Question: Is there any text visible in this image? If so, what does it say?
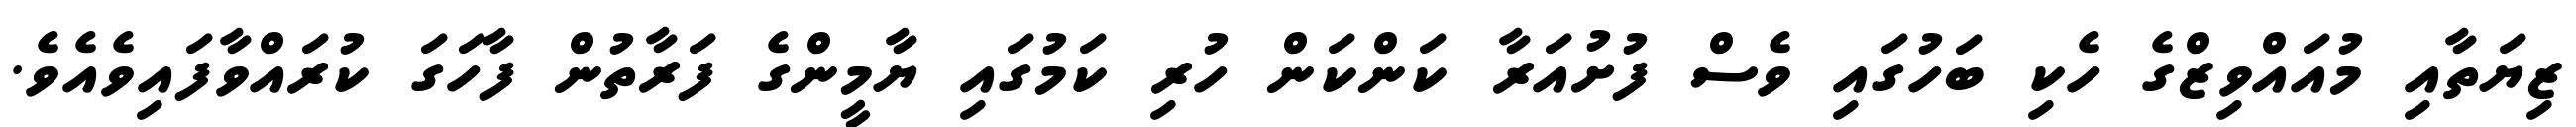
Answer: ޒިޔަތާއި މުއައްވިޒްގެ ހެކި ބަހުގައި ވެސް ފުށުއަރާ ކަންކަން ހުރި ކަމުގައި ޔާމީންގެ ފަރާތުން ފާހަގަ ކުރައްވާފައިވެއެވެ.